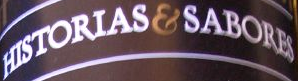
HISTORIAS&SABORES